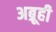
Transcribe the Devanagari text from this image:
अब्रूही